Insane asylums in Bengal annual reports 1867-1875 - 1867-1875
Year: 1867
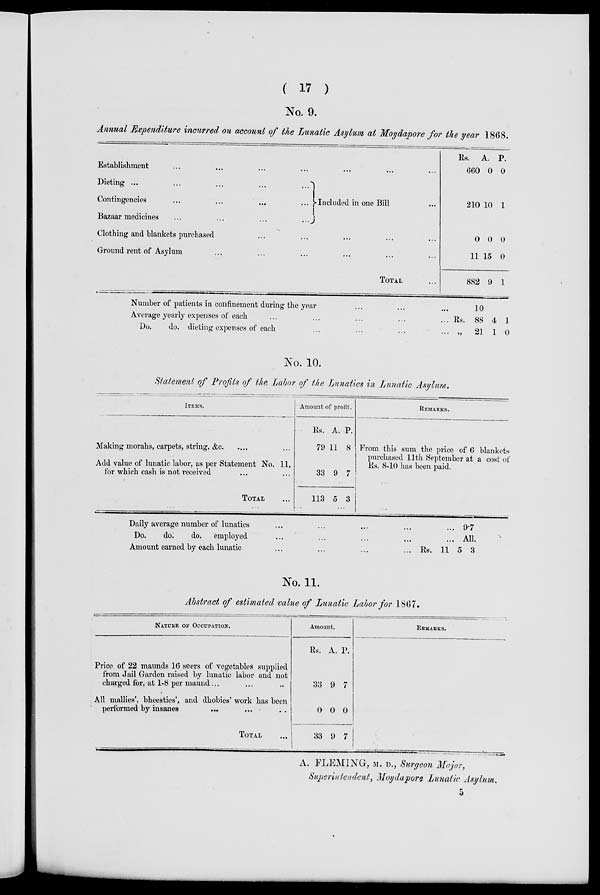
( 17 )
No. 9.
Annual Expenditure incurred on account of the Lunatic Asylum at Moydapore for the year 1868.
Establishment ... ... ... ...
Dieting ...
...
...
...
...
Contingencies
Bazaar medicines
...
...
...
Included in one Bill
Clothing and blankets purchased
...
...
...
...
...
Ground rent of Asylum ... ... ... ... ...
TOTAL ...
Rs.
660
210
0
11
882
A.
0
10
0
15
9
P.
0
1
0
0
1
Number of patients in confinement during the year ... ...
Average yearly expenses of each ... ... ... ...
Do.
do. dieting expenses of each ... ... ...
10
Rs. 88
„ 21
4
1
1
0
No. 10.
Statement of Profits of the Labor of the Lunatics in Lunatic Asylum.
ITEMS.
Making morahs, carpets, string, &c. ... ...
Add value of lunatic labor, as per Statement No. 11,
for which cash is not received ... ...
TOTAL ...
Amount of profit.
Rs.
79
33
113
A.
11
9
5
P.
8
7
3
REMARKS.
From this sum the price of 6 blankets
purchased 11th September at a cost of
Rs. 8-10 has been paid.
Daily average number of lunatics
...
Do.
do.
do. employed
...
...
Amount earned by each lunatic
...
...
...
...
Rs. 11 5
9.7
All.
3
No. 11.
Abstract of estimated value of Lunatic Labor for 1867.
NATURE OF OCCUPATION.
Price of 22 maunds 16 seers of vegetables supplied
from Jail Garden raised by lunatic labor and not
charged for, at 1- 8 per maund ... ... ...
All mallies', bheesties', and dhobies' work has been
performed by insanes
...
... ...
TOTAL ...
Amount.
Rs.
33
0
33
A.
9
0
9
P.
7
0
7
REMARKS.
A. FLEMING, M. D., Surgeon Major,
Superintendent, Moydapore Lunatic Asylum.
5